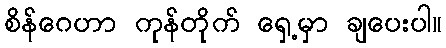
စိန်ဂေဟာ ကုန်တိုက် ရှေ့မှာ ချပေးပါ။